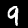
Digit: 9